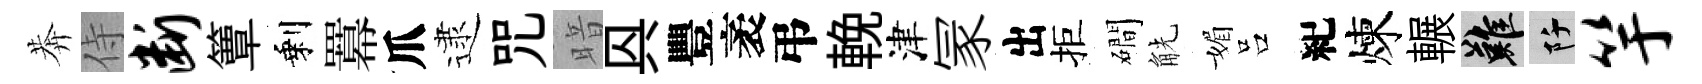
莾侍断簟剩羃爪逮咒暗㒷豐袤弔輓津冡出拒磵觥媚吕紀煉輾難阡竽